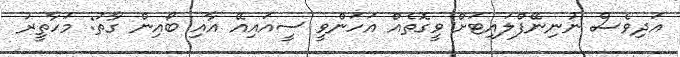
އަދިވެސް ނުނިނޭފްލައިޓަށް ވީގޮތެއް އަހަންވީ ސީއައިއޭ އާއި ބޯއިން ގާތު: މަހާތީރު